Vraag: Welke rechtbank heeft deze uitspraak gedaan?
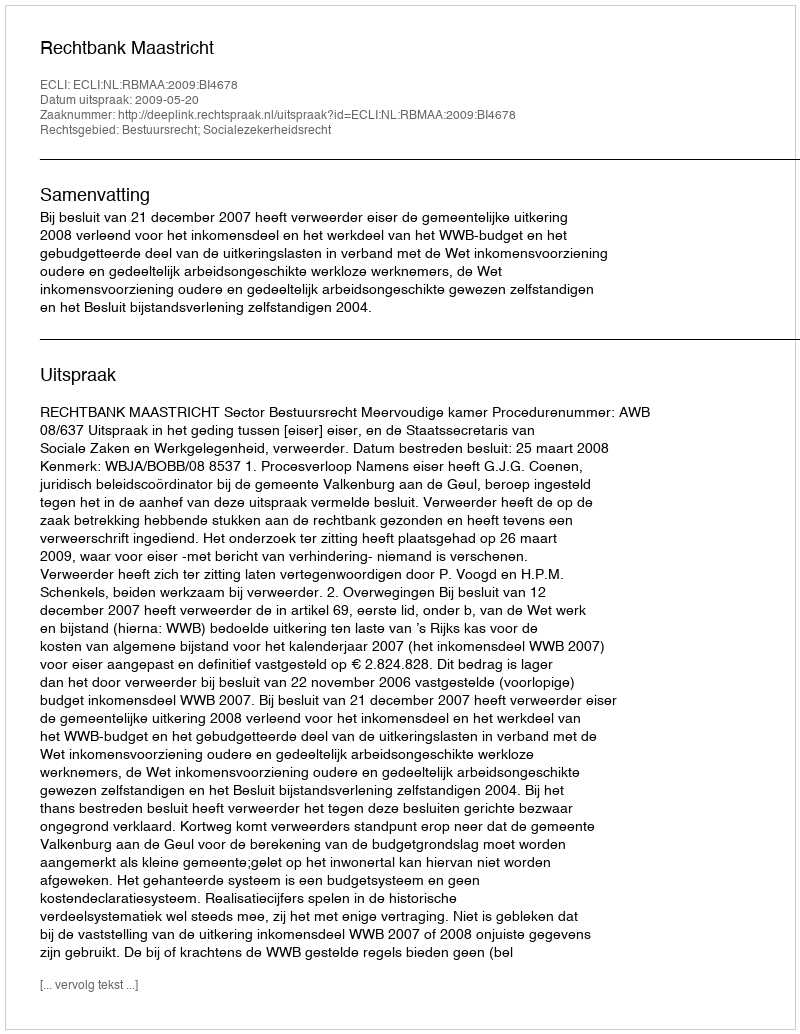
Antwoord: Rechtbank Maastricht